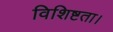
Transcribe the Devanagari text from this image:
विशिष्टता।